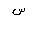
Letter: _sin